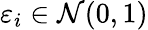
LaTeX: \varepsilon_{i}\in\mathcal{N}(0,1)